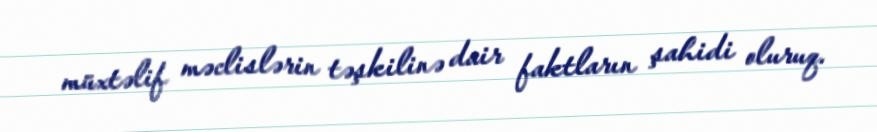
müxtəlif məclislərin təşkilinə dair faktların şahidi oluruq.